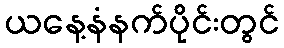
ယနေ့နံနက်ပိုင်းတွင်